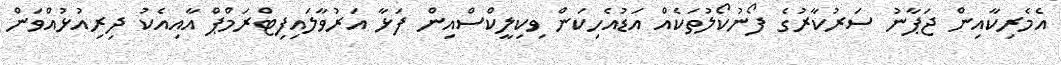
އެމެރިކާއިން ޖަޕާނު ސަރުކާރުގެ ފޯނުކޯލުތަކެއް އަޑުއެހިކަން ވިކިލީކްސްއިން ފަޅާ އަރުވާލައިފިޓްރަމްޕް އާއިއެކު ދިރިއުޅުއްވަން